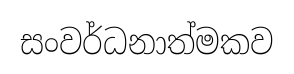
සංවර්ධනාත්මකව